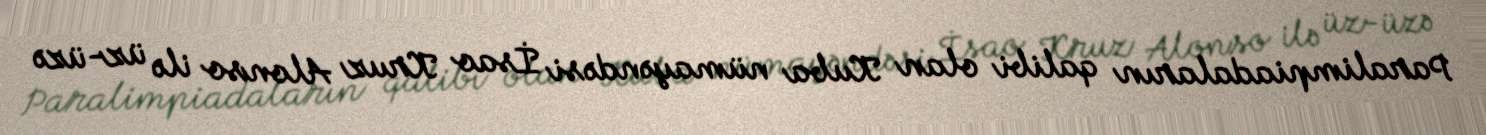
Paralimpiadaların qalibi olan Kuba nümayəndəsi İsao Kruz Alonso ilə üz-üzə